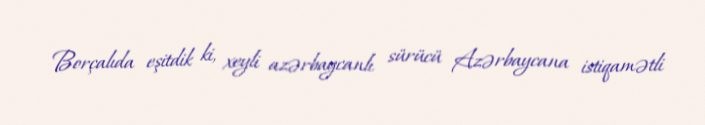
Borçalıda eşitdik ki, xeyli azərbaycanlı sürücü Azərbaycana istiqamətli